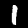
Label: 1